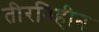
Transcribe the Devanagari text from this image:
तीरविहीन